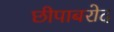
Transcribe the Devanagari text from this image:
छीपाबरोद